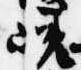
嵯